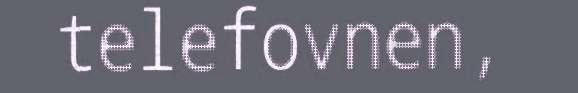
telefovnen,